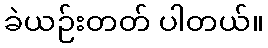
ခဲယဉ်းတတ် ပါတယ်။